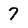
Character: 7